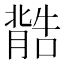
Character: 𮌽